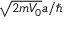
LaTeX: { \sqrt { 2 m V _ { 0 } } } a / \hbar